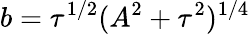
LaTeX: b=\tau^{1/2}(A^{2}+\tau^{2})^{1/4}